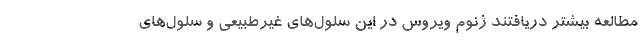
مطالعه بیشتر دریافتند ژنوم ویروس در این سلول‌های غیرطبیعی و سلول‌های